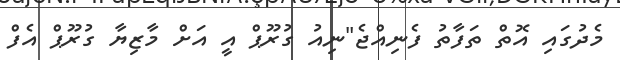
މެދުގައި އޮތް ތަފާތު ފެނިއްޖެ"ނިއު ގުރޫޕް އީ އަށް މާޒިޔާ ގުރޫޕް އެފް